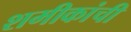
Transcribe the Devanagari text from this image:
शमीकांची